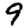
Digit: 9